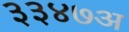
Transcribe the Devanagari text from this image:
३३४७अ